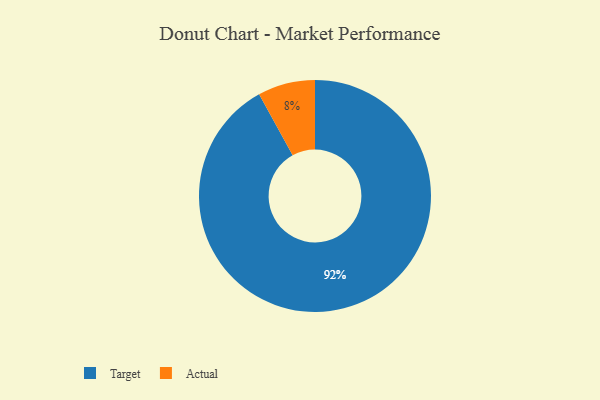
{"axis": {"x": "Category", "y": "Percentage"}, "legend": ["Actual", "Target"], "data": [{"x": "Target", "y": 92, "type": "Target"}, {"x": "Actual", "y": 8, "type": "Actual"}]}